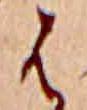
は